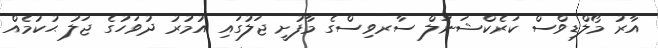
އާރު މޯލްޑިވްސް ކަރެކްޝަނަލް ސާރވިސްގެ މާފުށީ ޖަލުގައި އުމުރު ދުވަހުގެ ޖަލު ޙުކުމެއް